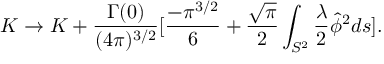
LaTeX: K \rightarrow K + \frac { \Gamma ( 0 ) } { ( 4 \pi ) ^ { 3 / 2 } } [ \frac { - \pi ^ { 3 / 2 } } { 6 } + \frac { \sqrt { \pi } } { 2 } \int _ { S ^ { 2 } } \frac { \lambda } { 2 } \hat { \phi } ^ { 2 } d s ] .